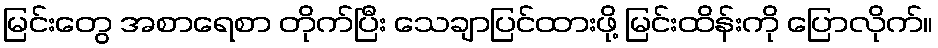
မြင်းတွေ အစာရေစာ တိုက်ပြီး သေချာပြင်ထားဖို့ မြင်းထိန်းကို ပြောလိုက်။